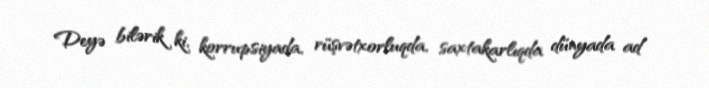
Deyə bilərik ki, korrupsiyada, rüşvətxorluqda, saxtakarlıqda dünyada ad